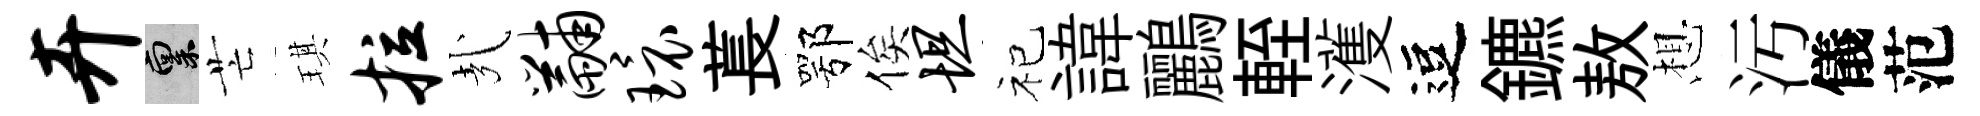
卉禀芒琪拉㢤黼环萇鄂俟坦祀諱鸝輊濩逗鑣敖想汚儀范